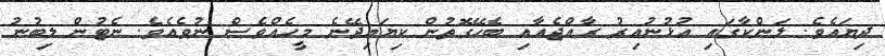
ދިޔައެވެ. ލަންކާގައި އުޅުނުއިރު ރާއްޖެއާއި ބެހޭގޮތުން ކިޔައިދޭނެ މީހެއްވެސް ނުވެއެވެ. ނެޓުން ލިބުނު